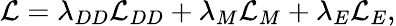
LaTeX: \mathcal{L}=\lambda_{DD}\mathcal{L}_{DD}+\lambda_{M}\mathcal{L}_{M}+\lambda_{E}\mathcal{L}_{E},